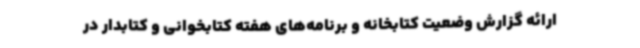
ارائه گزارش وضعیت کتابخانه و برنامه‌های هفته کتابخوانی و کتابدار در